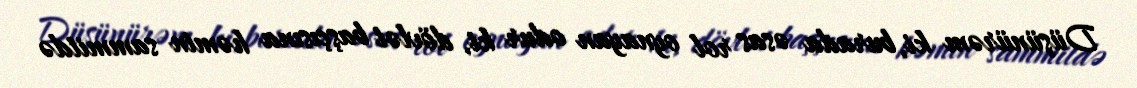
Düşünürəm ki, burada əsas rol oynayan odur ki, dövlət başçısına həmin sammitdə